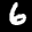
Label: 6